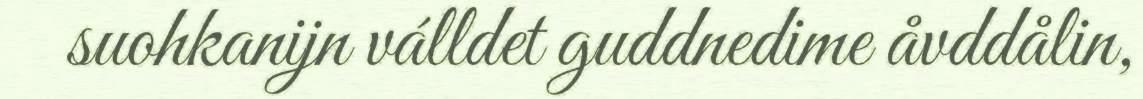
suohkanijn válldet guddnedime åvddålin,